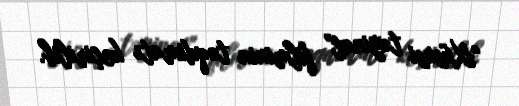
"Xüsusi təyinat" filminin təqdimatı keçirilib.